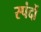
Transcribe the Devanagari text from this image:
स्‍पंदों